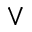
\vee